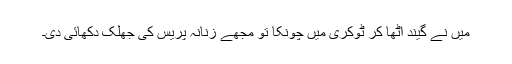
میں نے گیند اٹھا کر ٹوکری میں چونکا تو مجھے زنانہ پریس کی جھلک دکھائی دی۔